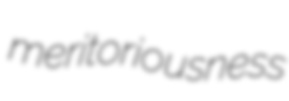
meritoriousness